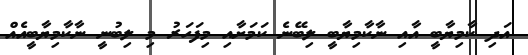
އަދި ކާމިޔާބީ އާއި ނާކާމިޔާބީ ލިބޭނެ ކަމަށާއި މިފަހަރު މި ލިބުނީ ނާކާމިޔާބީއެއް